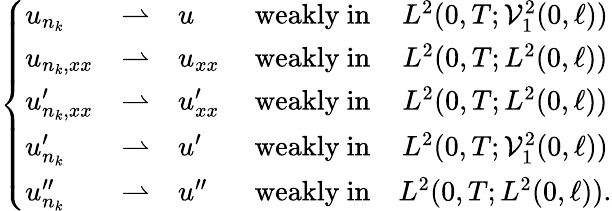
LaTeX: \begin{array}{r}{\left\{ \begin{array}{lclccl}{u_{n_{k}}}&{\rightharpoonup}&{u\ }&{\mathrm{weakly~in}}&{L^{2}(0,T;\mathcal{V}_{1}^{2}(0,\ell))}\\ {u_{n_{k},xx}}&{\rightharpoonup}&{u_{xx}\ }&{\mathrm{weakly~in}}&{L^{2}(0,T;L^{2}(0,\ell))}\\ {u_{n_{k},xx}^{\prime}}&{\rightharpoonup}&{u_{xx}^{\prime}\ }&{\mathrm{weakly~in}}&{L^{2}(0,T;L^{2}(0,\ell))}\\ {u_{n_{k}}^{\prime}}&{\rightharpoonup}&{u^{\prime}\ }&{\mathrm{weakly~in}}&{L^{2}(0,T;\mathcal{V}_{1}^{2}(0,\ell))}\\ {u_{n_{k}}^{\prime\prime}}&{\rightharpoonup}&{u^{\prime\prime}\ }&{\mathrm{weakly~in}}&{L^{2}(0,T;L^{2}(0,\ell)).}\end{array}\right.}\end{array}